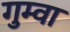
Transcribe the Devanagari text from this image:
गुम्वा